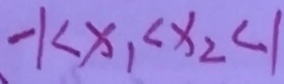
- 1 < x _ { 1 } < x _ { 2 } < 1